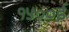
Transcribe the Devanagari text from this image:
१५००ई